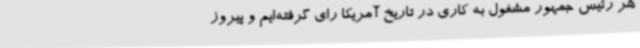
هر رئیس جمهور مشغول به کاری در تاریخ آمریکا رای گرفته‌ایم و پیروز